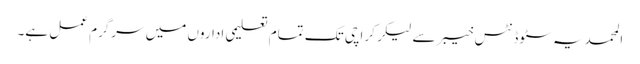
المحمدیہ سٹوڈنٹس خیبر سے لیکر کراچی تک تمام تعلیمی اداروں میں سرگرم عمل ہے۔